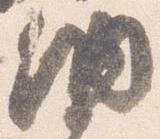
納